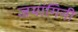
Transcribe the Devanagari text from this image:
जयांगिनी